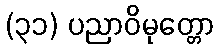
(၃၁) ပညာဝိမုတ္တော